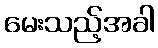
မေးသည့်အခါ